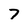
Character: 7